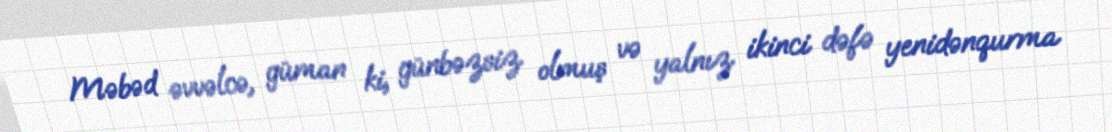
Məbəd əvvəlcə, güman ki, günbəzsiz olmuş və yalnız ikinci dəfə yenidənqurma